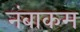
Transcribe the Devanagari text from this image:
नंबाकम